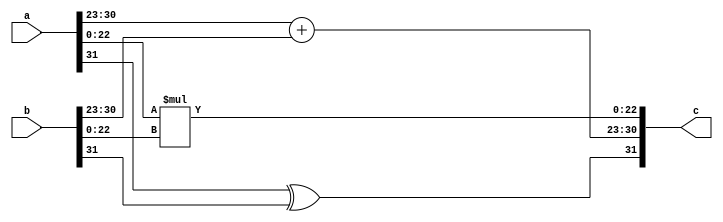
`timescale 1ns/1ps
//
module multiplier(
    input [31:0]a,
    input [31:0]b,
    output [31:0]c
);
    assign c[31] = a[31]^b[31];
    assign c[30:23] =  $signed(a[30:23]) + $signed(b[30:23]);
    assign c[22:0] = a[22:0]*b[22:0];

endmodule